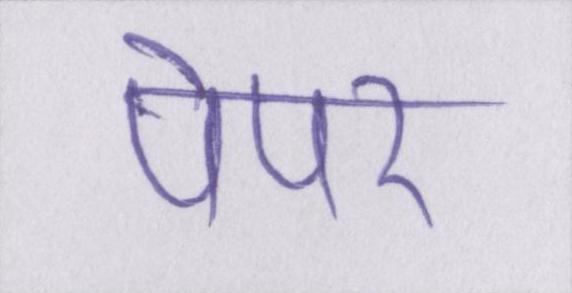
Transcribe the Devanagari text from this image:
पेपर